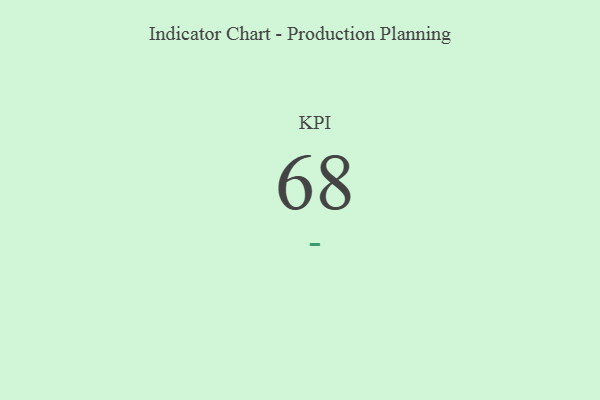
{"axis": {"x": "KPI", "y": "Value"}, "legend": [""], "data": [{"x": "KPI", "y": 68, "type": ""}]}